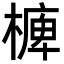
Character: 㯅